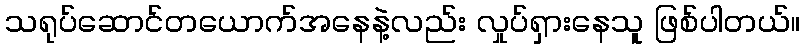
သရုပ်ဆောင်တယောက်အနေနဲ့လည်း လှုပ်ရှားနေသူ ဖြစ်ပါတယ်။